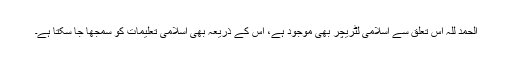
الحمد للہ اس تعلق سے اسلامی لٹریچر بھی موجود ہے، اس کے ذریعہ بھی اسلامی تعلیمات کو سمجھا جا سکتا ہے۔